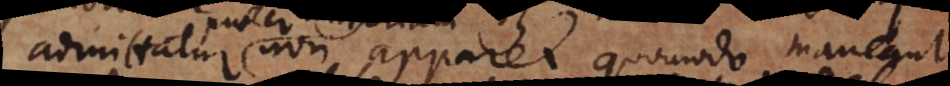
admittatur non apparet quomodo maneant.